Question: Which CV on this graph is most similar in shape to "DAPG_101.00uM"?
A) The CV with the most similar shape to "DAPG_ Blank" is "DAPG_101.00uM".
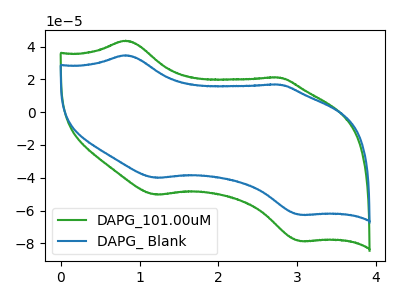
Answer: <think>The green curve "DAPG_101.00uM" has anodic peaks at (0.85V, 43.65uA) (2.75V, 21.15uA) and cathodic peaks at (1.20V, -50.35uA) (3.05V, -78.70uA). The blue curve "DAPG_ Blank" has anodic peaks at (0.85V, 34.75uA) (2.75V, 16.85uA) and cathodic peaks at (1.20V, -40.05uA) (3.05V, -62.65uA).
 All the peaks in "DAPG_101.00uM" have a peak in "DAPG_ Blank" at the same potential. Every peak in "DAPG_101.00uM" is higher than every peak in "DAPG_ Blank".</think>
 <answer>A) The CV with the most similar shape to "DAPG_ Blank" is "DAPG_101.00uM".</answer>
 <eval>A</eval>